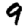
Digit: 9